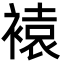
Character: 褤